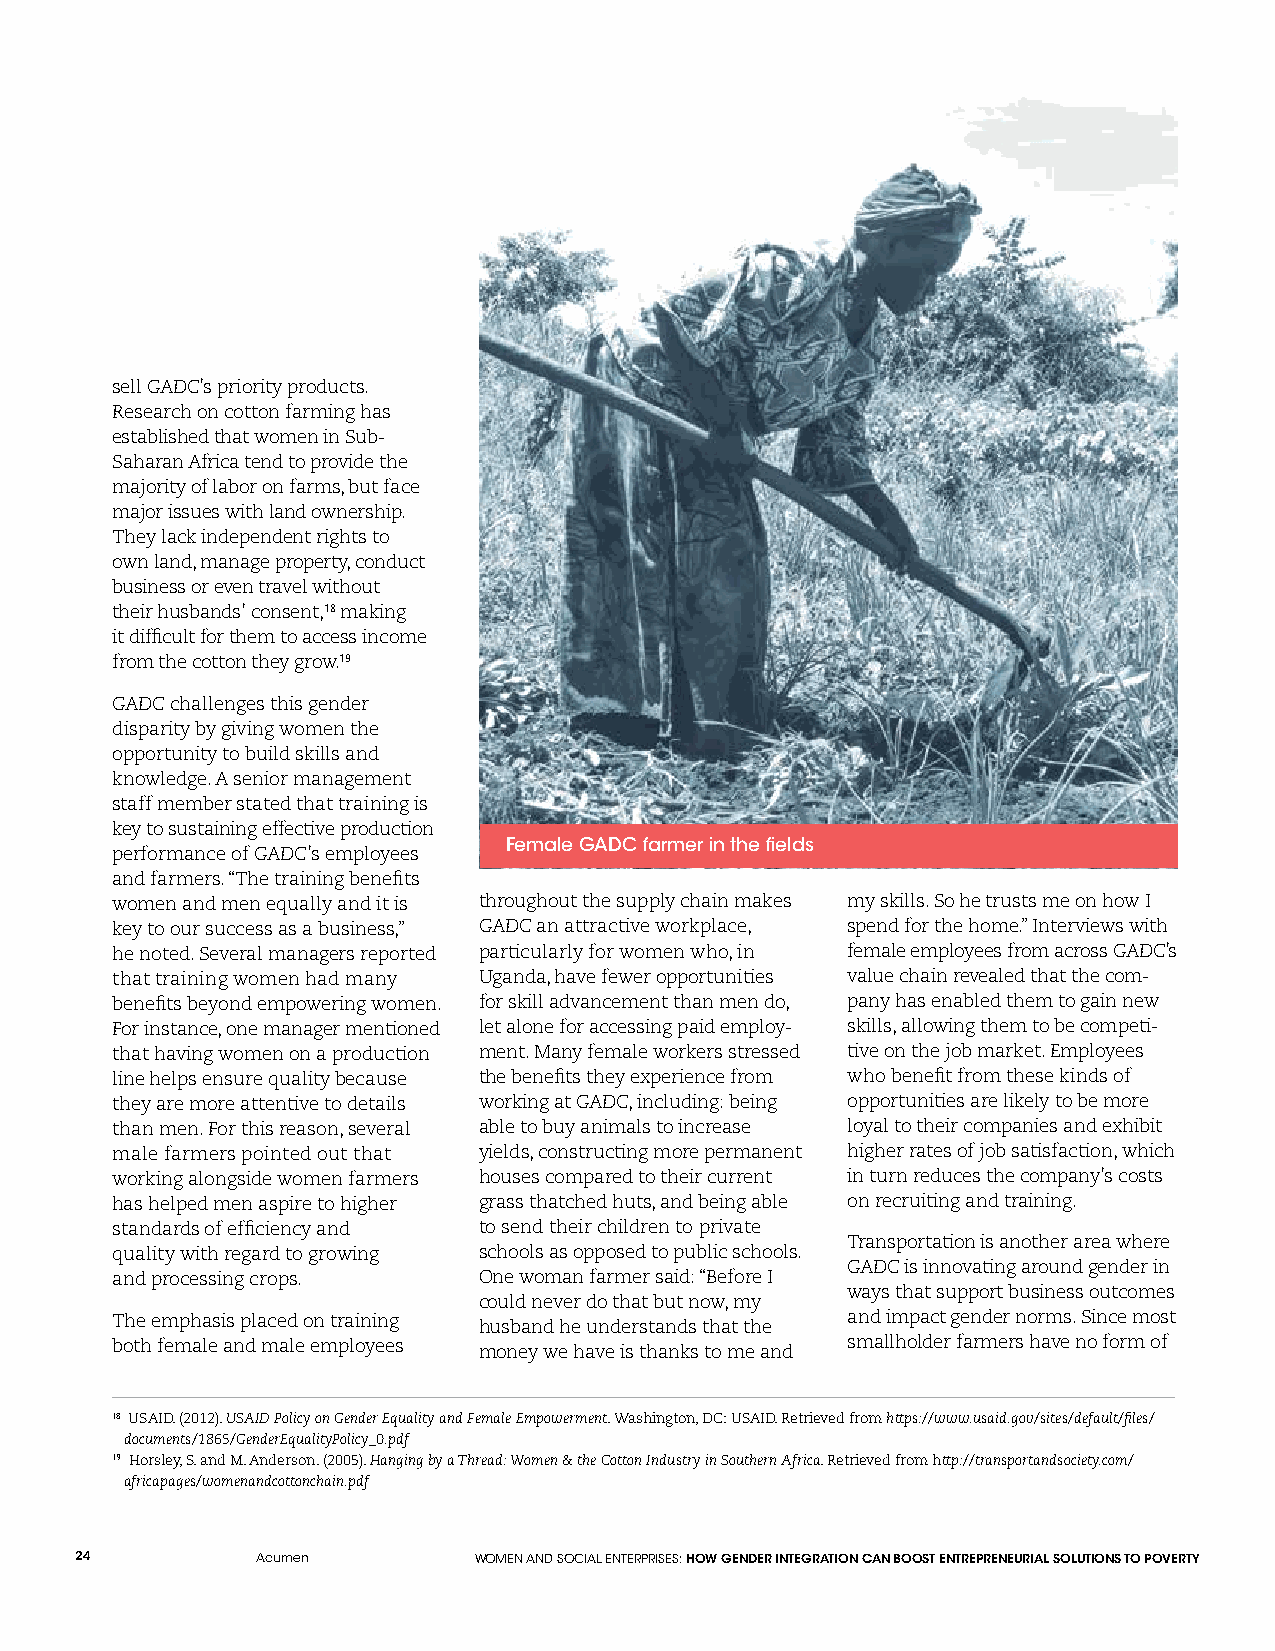
sell GADC’s priority products.
 Research on cotton farming has
 established that women in Sub-
 Saharan Africa tend to provide the
 majority of labor on farms, but face
 major issues with land ownership.
 They lack independent rights to
 own land, manage property, conduct
 business or even travel without
 their husbands’ consent,18 making
 it difficult for them to access income
 from the cotton they grow.19
 GADC challenges this gender
 disparity by giving women the
 opportunity to build skills and
 knowledge. A senior management
 staff member stated that training is
 key to sustaining effective production
 Female GADC farmer in the fields
 performance of GADC’s employees
 and farmers. “The training benefits
 women and men equally and it is throughout the supply chain makes my skills. So he trusts me on how I
 key to our success as a business,” GADC an attractive workplace, spend for the home.” Interviews with
 he noted. Several managers reported particularly for women who, in female employees from across GADC’s
 that training women had many Uganda, have fewer opportunities value chain revealed that the com-
 benefits beyond empowering women. for skill advancement than men do, pany has enabled them to gain new
 For instance, one manager mentioned let alone for accessing paid employ- skills, allowing them to be competi-
 that having women on a production ment. Many female workers stressed tive on the job market. Employees
 line helps ensure quality because the benefits they experience from who benefit from these kinds of
 they are more attentive to details working at GADC, including: being opportunities are likely to be more
 than men. For this reason, several able to buy animals to increase loyal to their companies and exhibit
 male farmers pointed out that yields, constructing more permanent higher rates of job satisfaction, which
 working alongside women farmers houses compared to their current in turn reduces the company’s costs
 has helped men aspire to higher grass thatched huts, and being able on recruiting and training.
 standards of efficiency and to send their children to private
 Transportation is another area where
 quality with regard to growing schools as opposed to public schools.
 GADC is innovating around gender in
 and processing crops.    One woman farmer said: “Before I
 ways that support business outcomes
 could never do that but now, my
 The emphasis placed on training husband he understands that the and impact gender norms. Since most
 both female and male employees money we have is thanks to me and smallholder farmers have no form of
 18 USAID. (2012). USAID Policy on Gender Equality and Female Empowerment. Washington, DC: USAID. Retrieved from https://www.usaid.gov/sites/default/files/
 documents/1865/GenderEqualityPolicy_0.pdf
 19 Horsley, S. and M. Anderson. (2005). Hanging by a Thread: Women & the Cotton Industry in Southern Africa. Retrieved from http://transportandsociety.com/
 africapages/womenandcottonchain.pdf
 24          Acumen        WOMEN AND SOCIAL ENTERPRISES: HOW GENDER INTEGRATION CAN BOOST ENTREPRENEURIAL SOLUTIONS TO POVERTY